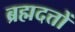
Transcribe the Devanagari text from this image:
ब्रह्मदत्तों